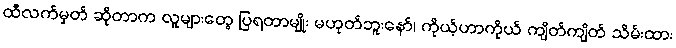
ထီလက်မှတ် ဆိုတာက လူများတွေ ပြရတာမျိုး မဟုတ်ဘူးနော်၊ ကိုယ့်ဟာကိုယ် ကျိတ်ကျိတ် သိမ်းထား